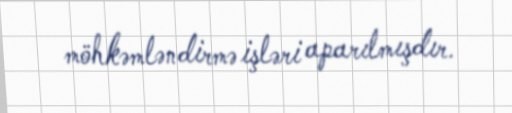
möhkəmləndirmə işləri aparılmışdır.